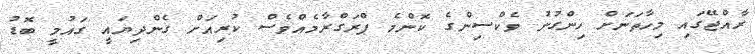
ރާއްޖޭގައި މިހާތަނަށް ހިންގުނު ވެކްސިންގެ ކޮންމެ ޕްރަގްރާމެއްވެސް ކުރިއަށް ގެންދިޔައީ ގައުމީ ބޮޑު